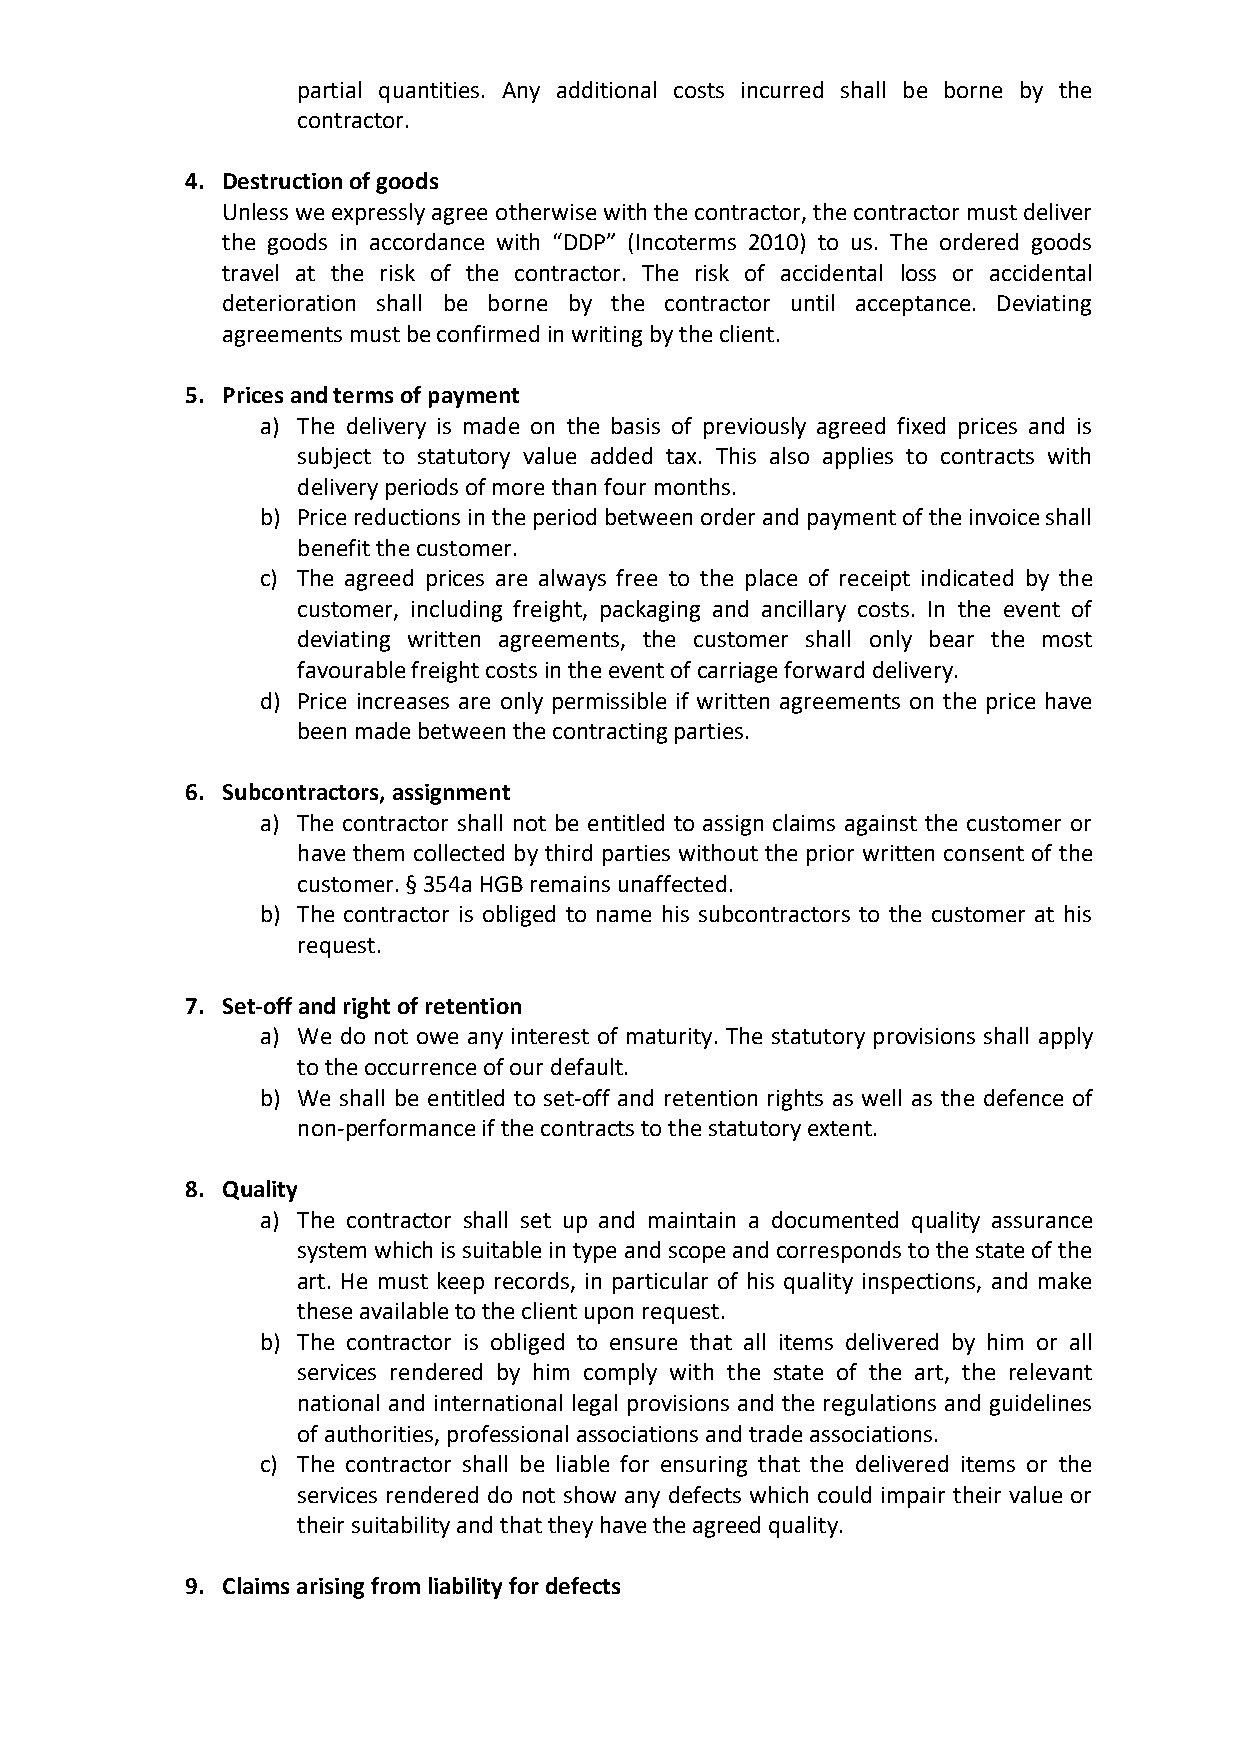
partial quantities. Any additional costs incurred shall be borne by the
 contractor.
 4. Destruction of goods
 Unless we expressly agree otherwise with the contractor, the contractor must deliver
 the goods in accordance with “DDP” (Incoterms 2010) to us. The ordered goods
 travel at the risk of the contractor. The risk of accidental loss or accidental
 deterioration shall be borne by the contractor until acceptance. Deviating
 agreements must be confirmed in writing by the client.
 5. Prices and terms of payment
 a) The delivery is made on the basis of previously agreed fixed prices and is
 subject to statutory value added tax. This also applies to contracts with
 delivery periods of more than four months.
 b) Price reductions in the period between order and payment of the invoice shall
 benefit the customer.
 c) The agreed prices are always free to the place of receipt indicated by the
 customer, including freight, packaging and ancillary costs. In the event of
 deviating written agreements, the customer shall only bear the most
 favourable freight costs in the event of carriage forward delivery.
 d) Price increases are only permissible if written agreements on the price have
 been made between the contracting parties.
 6. Subcontractors, assignment
 a) The contractor shall not be entitled to assign claims against the customer or
 have them collected by third parties without the prior written consent of the
 customer. § 354a HGB remains unaffected.
 b) The contractor is obliged to name his subcontractors to the customer at his
 request.
 7. Set-off and right of retention
 a) We do not owe any interest of maturity. The statutory provisions shall apply
 to the occurrence of our default.
 b) We shall be entitled to set-off and retention rights as well as the defence of
 non-performance if the contracts to the statutory extent.
 8. Quality
 a) The contractor shall set up and maintain a documented quality assurance
 system which is suitable in type and scope and corresponds to the state of the
 art. He must keep records, in particular of his quality inspections, and make
 these available to the client upon request.
 b) The contractor is obliged to ensure that all items delivered by him or all
 services rendered by him comply with the state of the art, the relevant
 national and international legal provisions and the regulations and guidelines
 of authorities, professional associations and trade associations.
 c) The contractor shall be liable for ensuring that the delivered items or the
 services rendered do not show any defects which could impair their value or
 their suitability and that they have the agreed quality.
 9. Claims arising from liability for defects